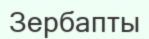
Зербапты